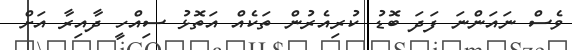
ވެސް ނައަންނަ ފަދަ ބޮޑު ކުރިއެރުން ތަކެއް އަތޮޅު ސިއްހީ ދާއިރާ އަށް